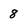
Character: 8